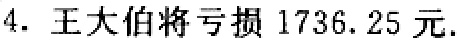
4. 王大伯将亏损 \(1736.25\) 元.